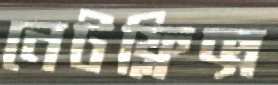
নেটফ্লিক্স